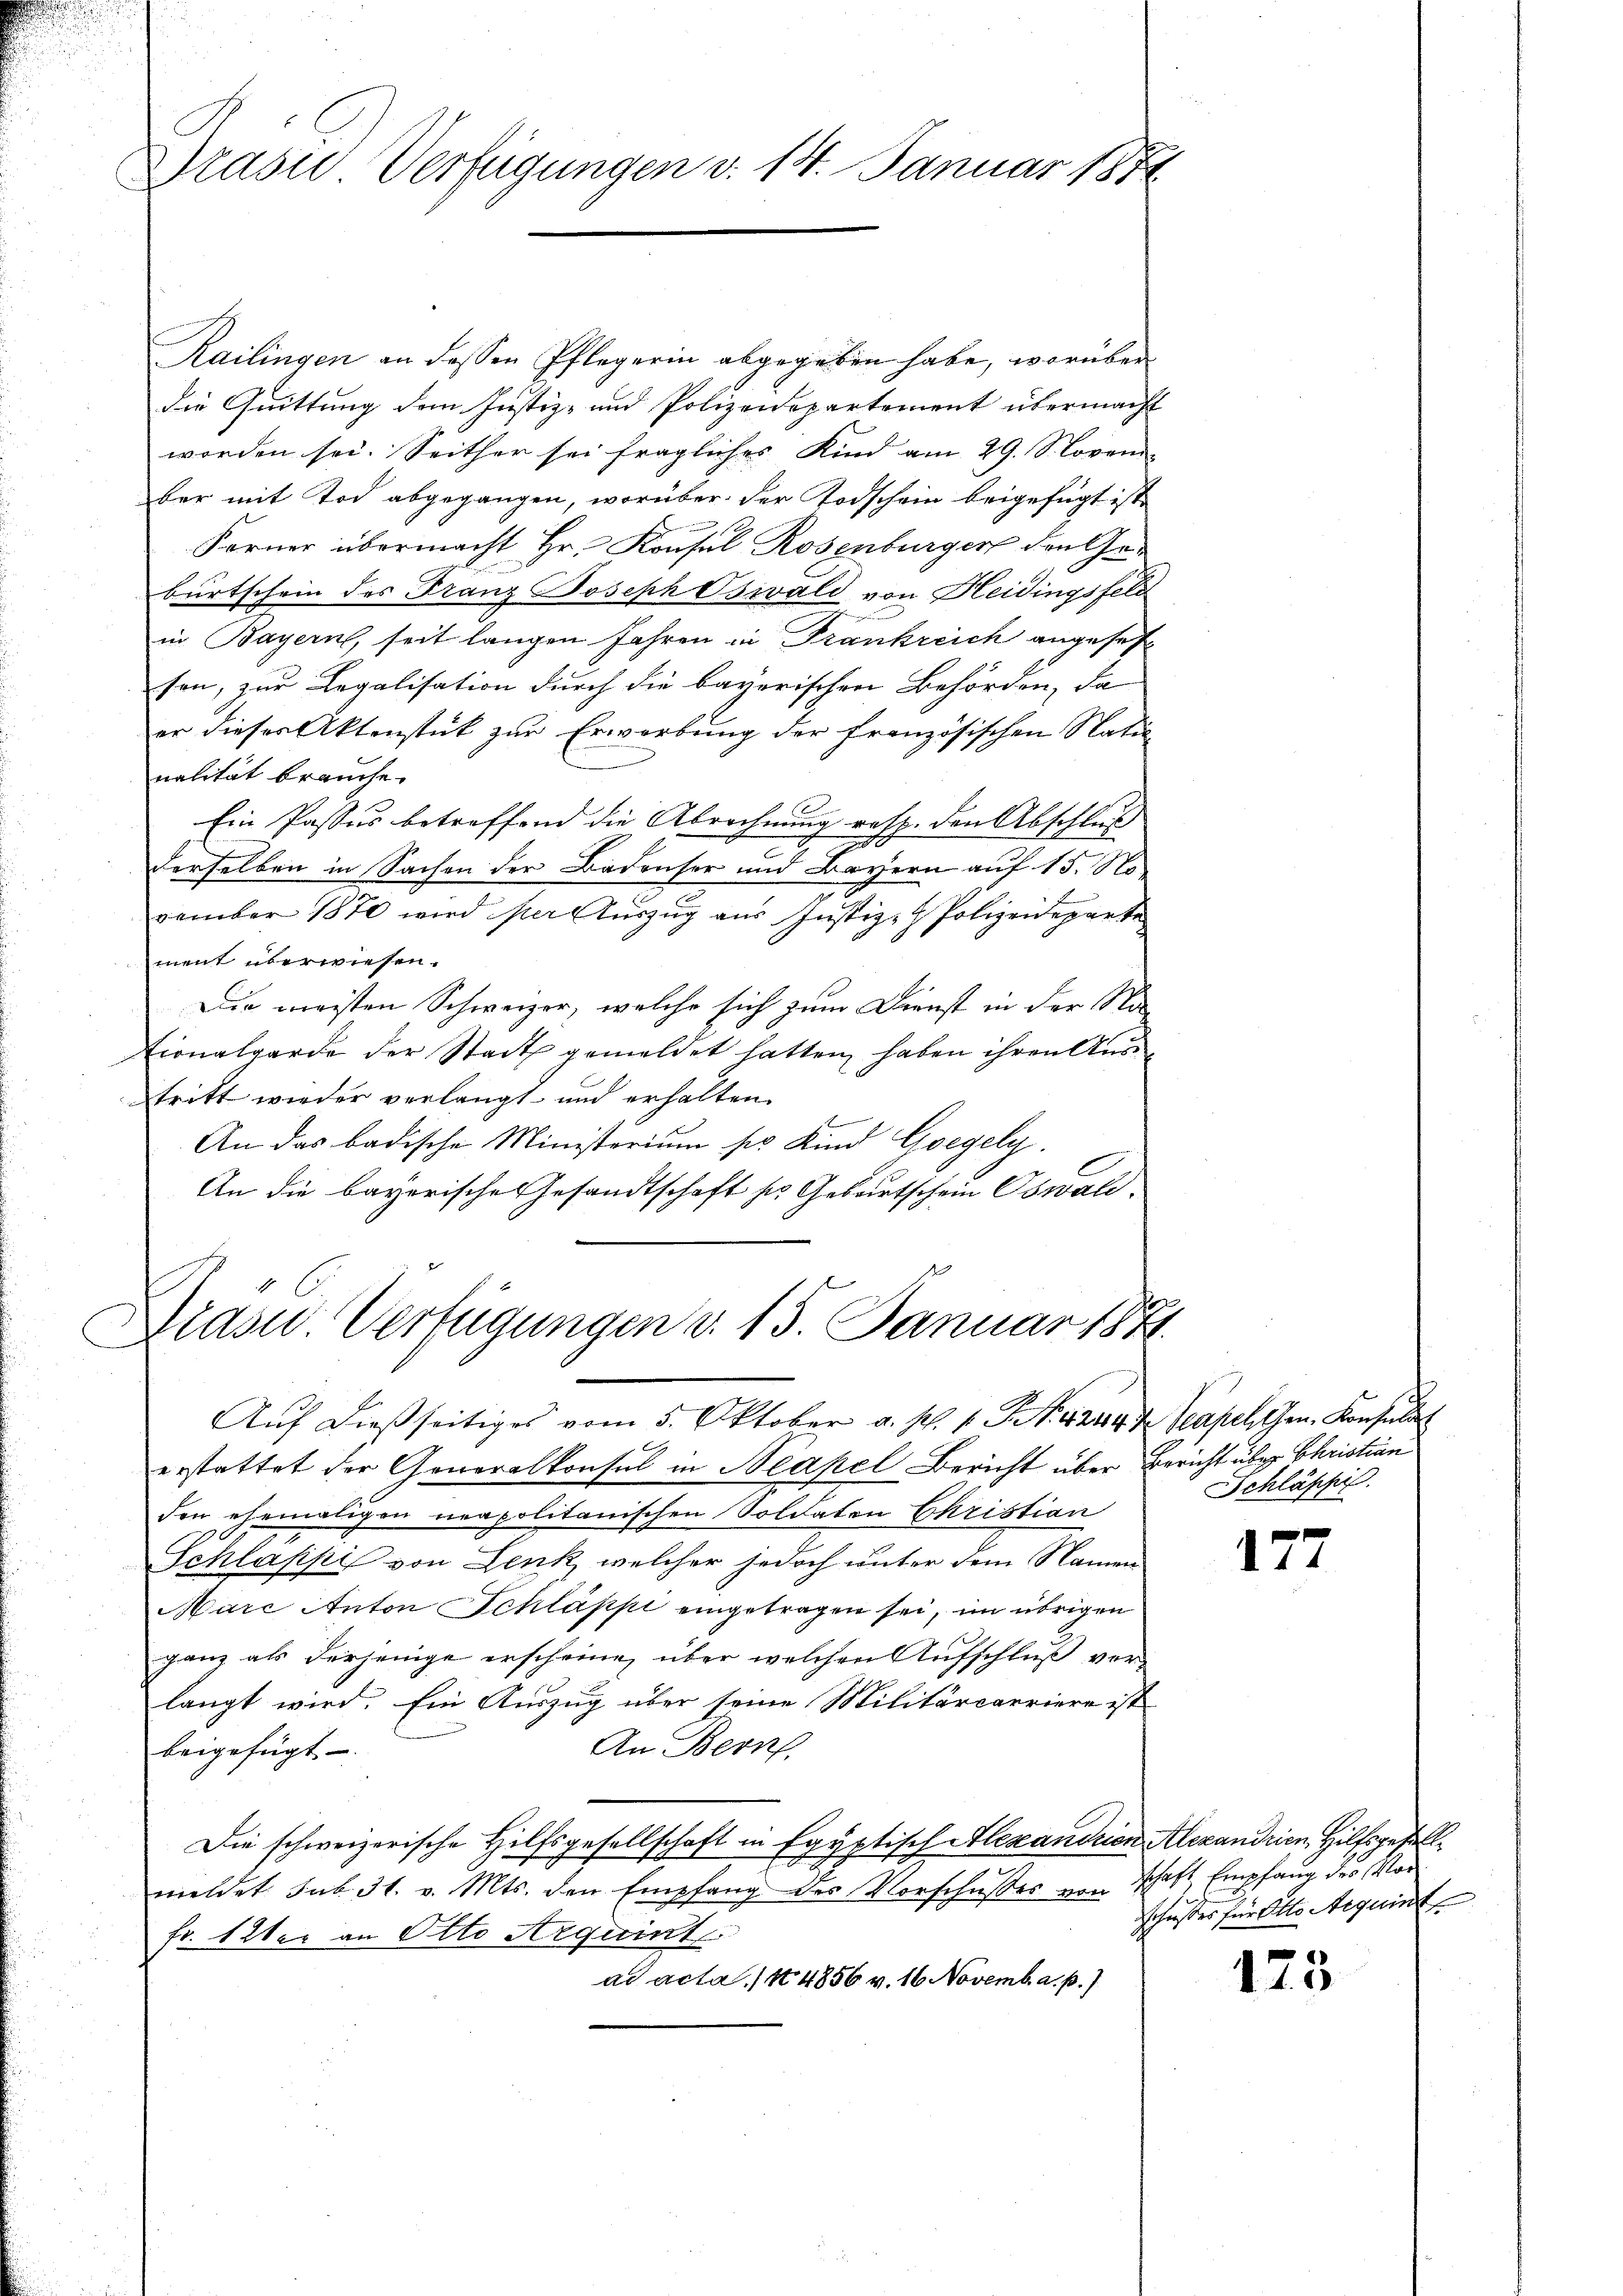
Drasie Verfügungen v. 14. Januar 1872

Kailingen an dessen Pflegerin abgegeben habe, worüber
die Quittung dem Justiz- und Polizeidepartement übermacht
worden sei. Seither sei fragliches Kind am 29. S. Covem-
bar mit Tod abgegangen, worüber der Todschein beigefügt ist
Ferner übermacht Hr. Konsul Rosenburger den Geburtschein des Franz Joseph Oswald von Heidingsfeld
in Bayern, seit langen Jahren in Frankreich angeset
sen, zur Legalisation durch die bayerischen Behörden, da
er dieses Aktenstück zur Erwerbung der französischen Natio
nalität brauche.
Ein Passus betreffend die Abrechnung resp. den Abschluß
derselben in Sachen der Badenser und Bayern auf 15. No
vember 1870 wird der Auszug aus Justiz- & Polizeideparte
ment überwiesen.
Die meisten Schweizer, welche sich zum Dienst in der Na-
tionalgarde der Stadt gemeldet hatten haben ihren Austritt wieder verlangt und erhalten.
An das badische Ministerium pro Kind Goegely.
An die bayerische Gesandtschaft zur Gebäutschein Obwald.

erstattet der Generalkonsul in Neapel Bericht über Bericht über Christian
der ehemaligen neapolitanischen Soldaten Christian
Schlappis von Lenk, welcher jedoch unter dem Namen
Mare Anton Schläppi eingetragen sei, im übrigen
ganz als derjenige erscheine, über welchen Aufschluß vorlangt wird. Ein Auszug über seine Militärcarriere ist
An Bern,
beigefügt.
Die schweizerische Hilfsgesellschaft in Egyptisch Alexandrion Alexandrien Hilfsgesellmeldet sub 31. v. Mts. den Empfang des Vorschußes von Schaft Empfang des Vor¬
Fr. 12ter an Otto Arquint
ad acta / No 4856 v. 16 Novemb. a. p.)

Diasi Verfügungen d. 15. Januar 1871.
Aŭf dießseitiges vom 5. Oktober a. p. 1. Fr. 244 z Teapellen, Konsult

Schläppi

177

schnisses für Otto Aequint

175